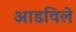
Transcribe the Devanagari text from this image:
आडविले